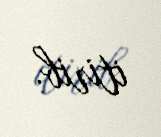
itirib.